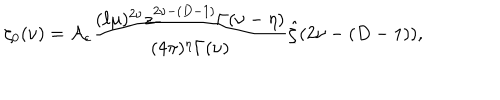
\zeta _ { 0 } ( \nu ) = { \cal A } _ { c } { \frac { ( \ell \mu ) ^ { 2 \nu } z _ { - } ^ { 2 \nu - ( D - 1 ) } \Gamma ( \nu - \eta ) } { ( 4 \pi ) ^ { \eta } \Gamma ( \nu ) } } \hat { \zeta } ( 2 \nu - ( D - 1 ) ) ,